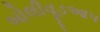
બોલીવૂડઆપ